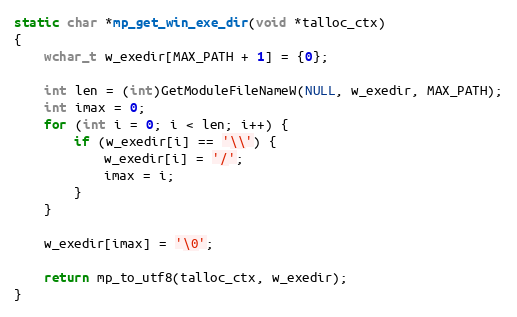
Language: C
static char *mp_get_win_exe_dir(void *talloc_ctx)
{
    wchar_t w_exedir[MAX_PATH + 1] = {0};

    int len = (int)GetModuleFileNameW(NULL, w_exedir, MAX_PATH);
    int imax = 0;
    for (int i = 0; i < len; i++) {
        if (w_exedir[i] == '\\') {
            w_exedir[i] = '/';
            imax = i;
        }
    }

    w_exedir[imax] = '\0';

    return mp_to_utf8(talloc_ctx, w_exedir);
}